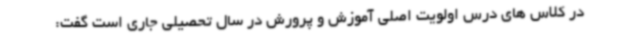
در کلاس های درس اولویت اصلی آموزش و پرورش در سال تحصیلی جاری است گفت: